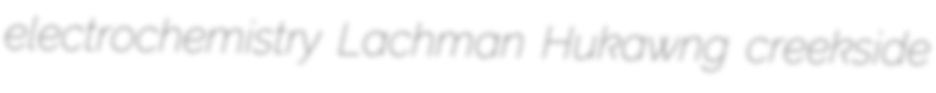
electrochemistry Lachman Hukawng creekside